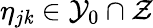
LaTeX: \eta_{j\mathit{k}}\in\mathcal{{Y}}_{0}\cap\mathcal{{Z}}